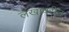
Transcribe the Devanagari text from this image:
लेखावरील